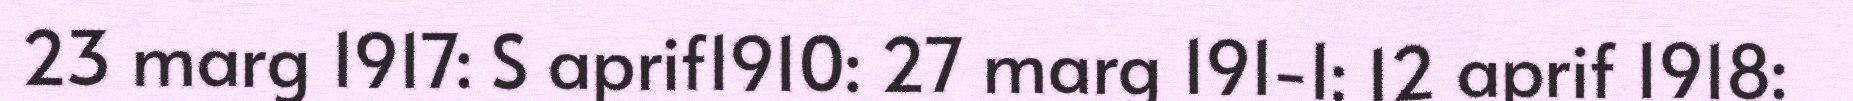
23 marg 1917: S aprif1910: 27 marg 191-1: 12 aprif 1918: